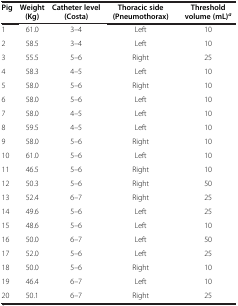
<table><thead><tr><td><b>Pig</b></td><td><b>Weight (Kg)</b></td><td><b>Catheter level (Costa)</b></td><td><b>Thoracic side (Pneumothorax)</b></td><td><b>Threshold volume (mL)<sup><i>a</i></sup></b></td></tr></thead><tbody><tr><td>1</td><td>61.0</td><td>3–4</td><td>Left</td><td>10</td></tr><tr><td>2</td><td>58.5</td><td>3–4</td><td>Left</td><td>10</td></tr><tr><td>3</td><td>55.5</td><td>5–6</td><td>Right</td><td>25</td></tr><tr><td>4</td><td>58.3</td><td>4–5</td><td>Left</td><td>10</td></tr><tr><td>5</td><td>58.0</td><td>5–6</td><td>Right</td><td>10</td></tr><tr><td>6</td><td>58.0</td><td>5–6</td><td>Left</td><td>10</td></tr><tr><td>7</td><td>58.0</td><td>4–5</td><td>Left</td><td>10</td></tr><tr><td>8</td><td>59.5</td><td>4–5</td><td>Left</td><td>10</td></tr><tr><td>9</td><td>58.0</td><td>5–6</td><td>Right</td><td>10</td></tr><tr><td>10</td><td>61.0</td><td>5–6</td><td>Left</td><td>10</td></tr><tr><td>11</td><td>46.5</td><td>5–6</td><td>Right</td><td>10</td></tr><tr><td>12</td><td>50.3</td><td>5–6</td><td>Right</td><td>50</td></tr><tr><td>13</td><td>52.4</td><td>6–7</td><td>Right</td><td>25</td></tr><tr><td>14</td><td>49.6</td><td>5–6</td><td>Left</td><td>25</td></tr><tr><td>15</td><td>48.6</td><td>5–6</td><td>Left</td><td>10</td></tr><tr><td>16</td><td>50.0</td><td>6–7</td><td>Left</td><td>50</td></tr><tr><td>17</td><td>52.0</td><td>5–6</td><td>Left</td><td>25</td></tr><tr><td>18</td><td>50.0</td><td>5–6</td><td>Right</td><td>10</td></tr><tr><td>19</td><td>46.4</td><td>6–7</td><td>Left</td><td>10</td></tr><tr><td>20</td><td>50.1</td><td>6–7</td><td>Right</td><td>25</td></tr></tbody></table>